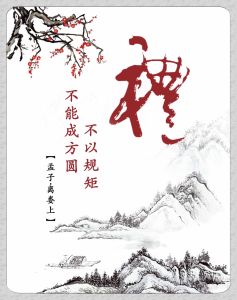
不以规矩，不能成方圆